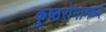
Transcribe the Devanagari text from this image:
कुष्ठरोगामध्ये